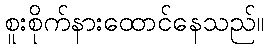
စူးစိုက်နားထောင်နေသည်။